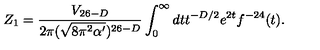
Z _ { 1 } = \frac { V _ { 2 6 - D } } { 2 \pi ( \sqrt { 8 \pi ^ { 2 } \alpha ^ { \prime } } ) ^ { 2 6 - D } } \int _ { 0 } ^ { \infty } d t t ^ { - D / 2 } e ^ { 2 t } f ^ { - 2 4 } ( t ) .